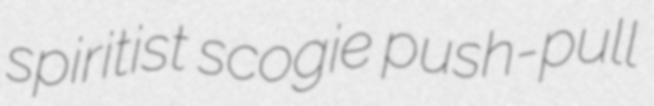
spiritist scogie push-pull